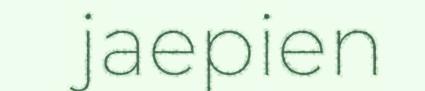
jaepien